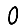
Digit: 0